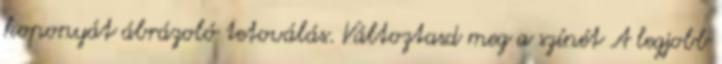
koponyát ábrázoló tetoválás. Változtasd meg a színét A legjobb